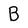
Character: B